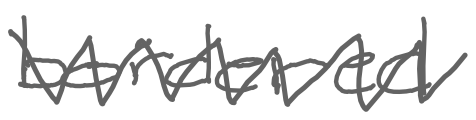
Text: bordered
Cross-out: zig-zag
Writing tool: digital_gray